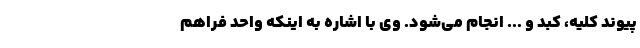
پیوند کلیه،‌ کبد و ... انجام می‌شود. وی با اشاره به اینکه واحد فراهم